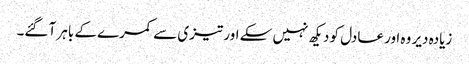
زیادہ دیر وہ اور عادل کو دیکھ نہیں سکے اور تیزی سے کمرے کے باہر آ گئے۔